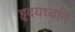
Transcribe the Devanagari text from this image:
हृदयध्वनि